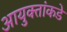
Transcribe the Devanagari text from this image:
आयुक्‍तांकडे